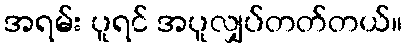
အရမ်း ပူရင် အပူလျှပ်တတ်တယ်။